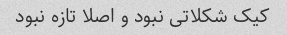
کیک شکلاتی نبود و اصلا تازه نبود